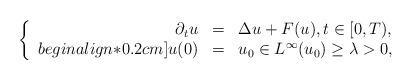
LaTeX: \begin{align*}\left\{\begin{array}{rcl}\partial_t u &=& \Delta u + F(u), t \in [0,T), \\begin{align*}0.2cm]u(0) &=& u_0 \in L^\infty (u_0) \geq \lambda > 0, \end{array}\right.\end{align*}